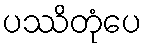
ပဿိတုံပေ